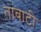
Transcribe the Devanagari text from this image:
तांबाटी